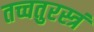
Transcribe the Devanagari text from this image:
तच्चतुरस्त्रं